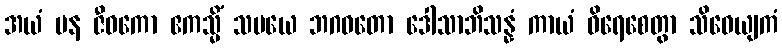
အယံ ပန ဇီဝကော ဧကသ္မိံ သမယေ ဘဂဝတော ဒေါသာဘိသန္နံ ကာယံ ဝိရေစေတွာ သိဝေယျကံ